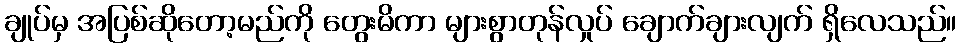
ချုပ်မှ အပြစ်ဆိုတော့မည်ကို တွေးမိကာ များစွာတုန်လှုပ် ချောက်ချားလျက် ရှိလေသည်။